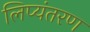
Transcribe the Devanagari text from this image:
लिप्‍यंतरण